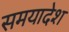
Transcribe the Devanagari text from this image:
समयादेश